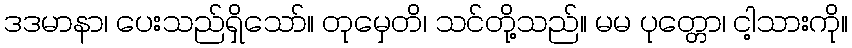
ဒဒမာနာ၊ ပေးသည်ရှိသော်။ တုမှေတိ၊ သင်တို့သည်။ မမ ပုတ္တော၊ ငါ့သားကို။